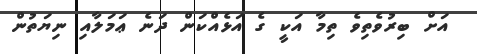
އަށް ބިރުވެތިވެ ތިމާ އަކީ ގެ އަޅެއްކަން ދަނެ ޢަމަލާއި ނިޔަތުން